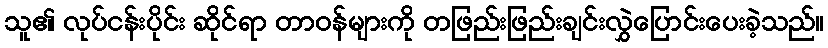
သူ၏ လုပ်ငန်းပိုင်း ဆိုင်ရာ တာဝန်များကို တဖြည်းဖြည်းချင်းလွှဲပြောင်းပေးခဲ့သည်။